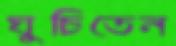
ঘুচিতেন